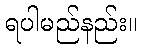
ရပါမည်နည်း။